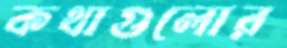
কথাগুলোর